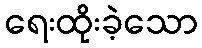
ရေးထိုးခဲ့သော